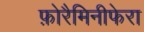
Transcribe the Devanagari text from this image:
फ़ोरैमिनीफेरा